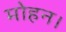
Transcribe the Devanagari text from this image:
मोहन।